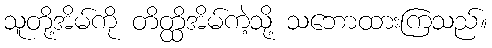
သူတို့အိမ်ကို တိတ္ထိအိမ်ကဲ့သို့ သဘောထားကြသည်။